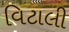
વિટાલી